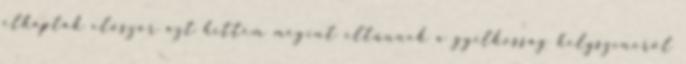
elkapták először azt hittem megint eltűnnek a gyilkosság helyszínéről